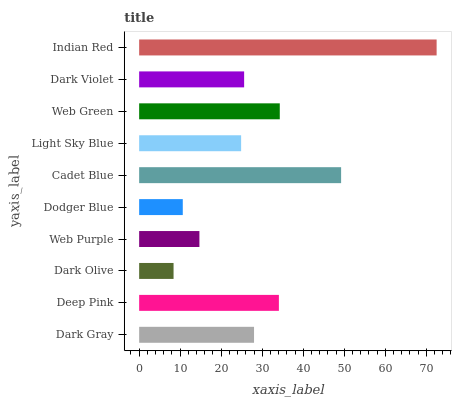
| yaxis_label | bars |
 | --- | --- |
 | Dark Gray | 28 |
 | Deep Pink | 34.1 |
 | Dark Olive | 8.39 |
 | Web Purple | 14.7 |
 | Dodger Blue | 10.6 |
 | Cadet Blue | 49.2 |
 | Light Sky Blue | 24.9 |
 | Web Green | 34.3 |
 | Dark Violet | 25.6 |
 | Indian Red | 72.5 |